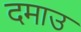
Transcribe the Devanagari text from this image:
दमाउ